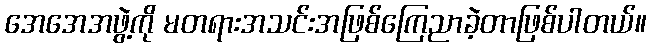
အေအေအဖွဲ့ကို မတရားအသင်းအဖြစ်ကြေညာခဲ့တာဖြစ်ပါတယ်။